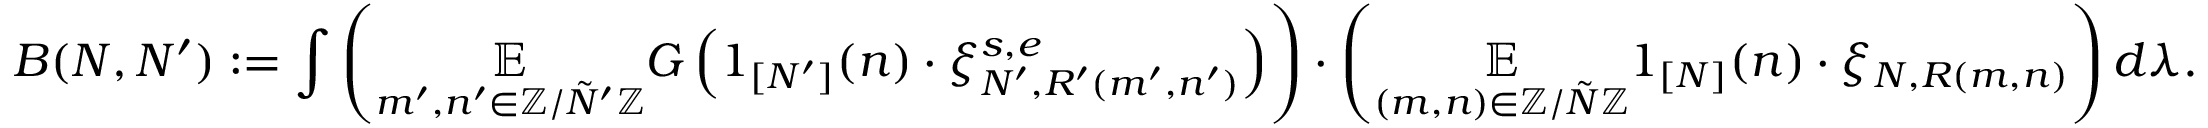
B ( N , N ^ { \prime } ) : = \int \left( \underset { m ^ { \prime } , n ^ { \prime } \in \mathbb { Z } / \tilde { N } ^ { \prime } \mathbb { Z } } { \mathbb { E } } G \left( 1 _ { [ N ^ { \prime } ] } ( n ) \cdot \xi _ { N ^ { \prime } , R ^ { \prime } ( m ^ { \prime } , n ^ { \prime } ) } ^ { s , e } \right) \right) \cdot \left( \underset { ( m , n ) \in \mathbb { Z } / \tilde { N } \mathbb { Z } } { \mathbb { E } } 1 _ { [ N ] } ( n ) \cdot \xi _ { N , R ( m , n ) } \right) d \lambda .